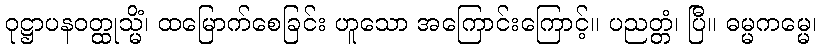
ဝုဋ္ဌာပနဝတ္ထုသ္မိံ၊ ထမြောက်စေခြင်း ဟူသော အကြောင်းကြောင့်။ ပညတ္တံ၊ ပြီ။ ဓမ္မကမ္မေ၊